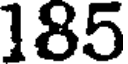
185